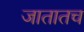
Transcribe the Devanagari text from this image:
जातातच